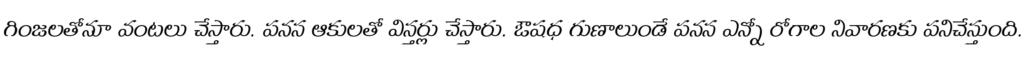
గింజలతోనూ వంటలు చేస్తారు. పనస ఆకులతో విస్తర్లు చేస్తారు. ఔషధ గుణాలుండే పనస ఎన్నో రోగాల నివారణకు పనిచేస్తుంది.